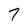
Character: 7